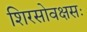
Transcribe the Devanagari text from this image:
शिरसोवक्षसः